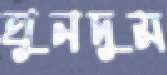
ঘুনদুম